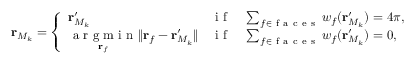
\mathbf { r } _ { M _ { k } } = \left\{ \begin{array} { l l } { \mathbf { r } _ { M _ { k } } ^ { \prime } } & { \mathrm { ~ i ~ f ~ } \quad \sum _ { f \in \mathrm { ~ f ~ a ~ c ~ e ~ s ~ } } w _ { f } ( \mathbf { r } _ { M _ { k } } ^ { \prime } ) = 4 \pi , } \\ { \underset { \mathbf { r } _ { f } } { \mathrm { ~ a ~ r ~ g ~ m ~ i ~ n ~ } } \lVert \mathbf { r } _ { f } - \mathbf { r } _ { M _ { k } } ^ { \prime } \rVert } & { \mathrm { ~ i ~ f ~ } \quad \sum _ { f \in \mathrm { ~ f ~ a ~ c ~ e ~ s ~ } } w _ { f } ( \mathbf { r } _ { M _ { k } } ^ { \prime } ) = 0 , } \end{array} \right.